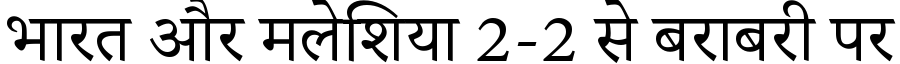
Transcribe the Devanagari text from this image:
भारत और मलेशिया 2-2 से बराबरी पर